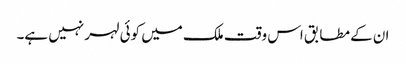
ان کے مطابق اس وقت ملک میں کوئی لہر نہیں ہے۔